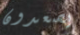
يصعدون